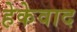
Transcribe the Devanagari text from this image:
हेकेवाद